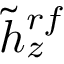
\tilde { h } _ { z } ^ { r f }